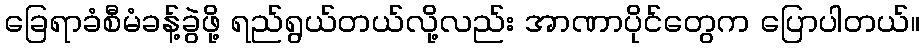
ခြေရာခံစီမံခန့်ခွဲဖို့ ရည်ရွယ်တယ်လို့လည်း အာဏာပိုင်တွေက ပြောပါတယ်။